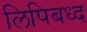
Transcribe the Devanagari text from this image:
लिपिबध्द